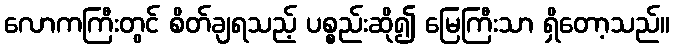
လောကကြီးတွင် စိတ်ချရသည့် ပစ္စည်းဆို၍ မြေကြီးသာ ရှိတော့သည်။